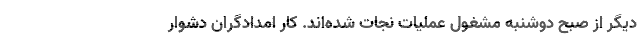
دیگر از صبح دوشنبه مشغول عملیات نجات شده‌اند. کار امدادگران دشوار